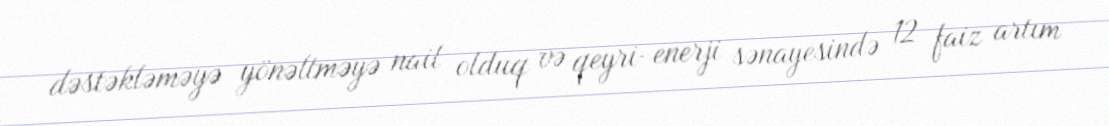
dəstəkləməyə yönəltməyə nail olduq və qeyri-enerji sənayesində 12 faiz artım